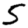
Digit: 5